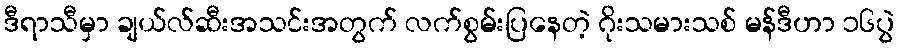
ဒီရာသီမှာ ချယ်လ်ဆီးအသင်းအတွက် လက်စွမ်းပြနေတဲ့ ဂိုးသမားသစ် မန်ဒီဟာ ၁၆ပွဲ